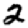
Digit: 2